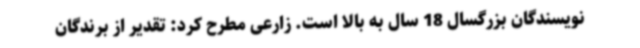
نویسندگان بزرگسال 18 سال به بالا است. زارعی مطرح کرد: تقدیر از برندگان